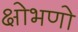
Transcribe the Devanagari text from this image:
क्षोभणो